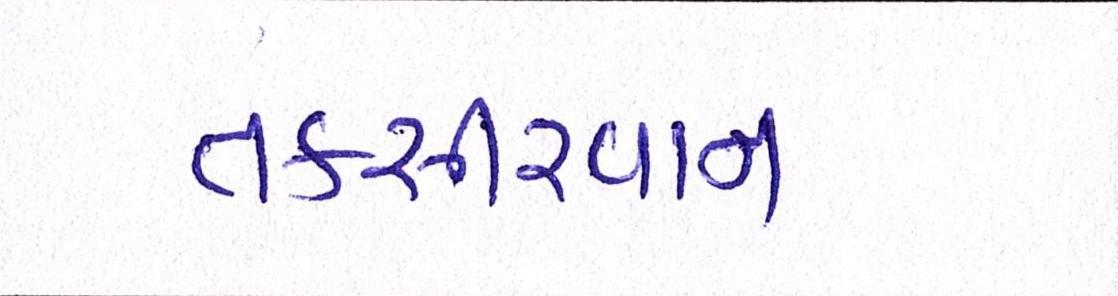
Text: તકસીરવાન